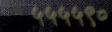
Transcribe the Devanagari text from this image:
५५५५९०